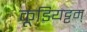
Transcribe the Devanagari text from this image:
कूडियट्टम्